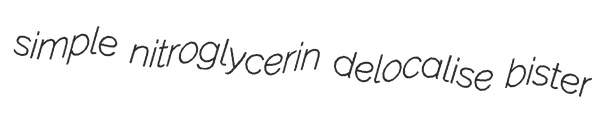
simple nitroglycerin delocalise bister